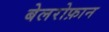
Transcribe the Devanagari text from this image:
बेलरोफ़ान